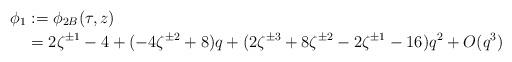
LaTeX: \begin{align*} \phi_1 &:= \phi_{2B}(\tau, z) \\ &= 2 \zeta^{\pm 1} - 4+ (-4 \zeta^{\pm 2} + 8) q + (2 \zeta^{\pm 3} + 8 \zeta^{\pm 2} - 2 \zeta^{\pm 1} - 16) q^2 + O(q^3) \end{align*}